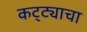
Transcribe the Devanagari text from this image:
कट्ट्याचा